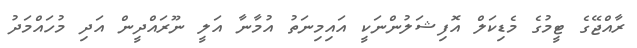
ރާއްޖޭގެ ޓީމުގެ މެޑިކަލް އޮފިޝަލުންނަކީ އައިމިނަތު އުމާނާ އަލީ ނޫރައްދީން އަދި މުހައްމަދު